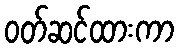
ဝတ်ဆင်ထားကာ